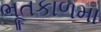
ભૂતકાળમા